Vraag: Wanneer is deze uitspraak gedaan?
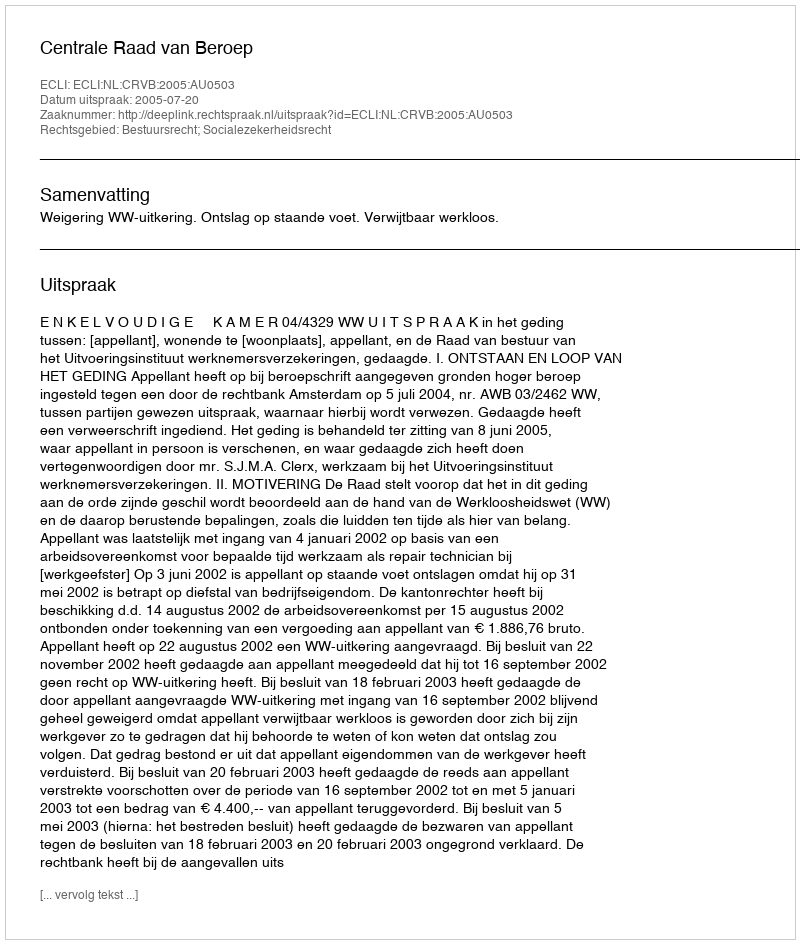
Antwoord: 2005-07-20